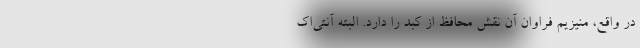
در واقع، منیزیم فراوان آن نقش محافظ از کبد را دارد. البته آنتی‌اک